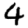
Digit: 4